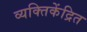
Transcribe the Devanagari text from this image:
व्यक्तिकेंद्रित